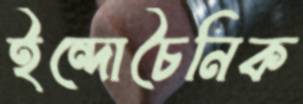
ইন্দোচৈনিক